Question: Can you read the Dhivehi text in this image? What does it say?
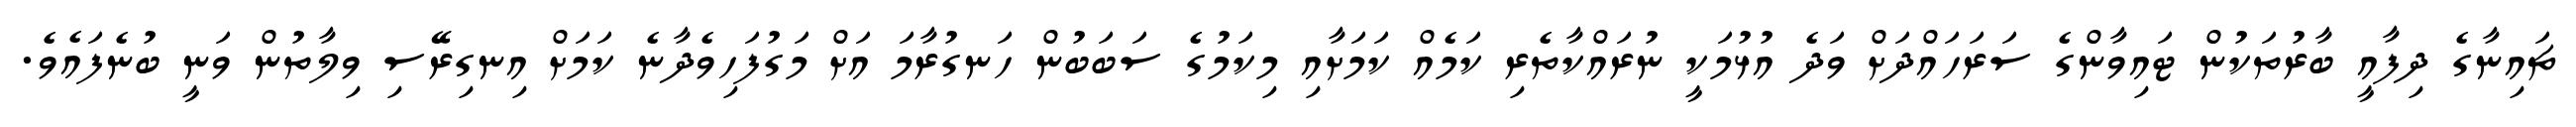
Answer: ޗައިނާގެ ދިފާއީ ބާރުތަކުން ޓައިވާންގެ ސަރަހައްދަށް ވަދެ އުޅުމަކީ ނުރައްކާތެރި ކަމެއް ކަމަށާއި މިކަމުގެ ސަބަބުން ހަނގުރާމަ އަށް މަގުފަހިވެދާނެ ކަމަށް އިނގިރޭސި ވިލާތުން ވަނީ ބުނެފައެވެ.